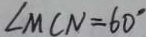
\angle M C N = 6 0 ^ { \circ }